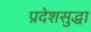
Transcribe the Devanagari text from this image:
प्रदेशसुद्धा